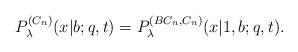
LaTeX: \begin{align*}P^{(C_n)}_\lambda(x|b;q,t)=P^{(BC_n,C_n)}_\lambda(x|1,b;q,t).\end{align*}